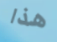
هذا